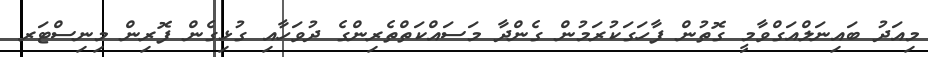
މިއަދު ބައިނަލްއަގްވާމީ ގޮތުން ފާހަގަކުރަމުން ގެންދާ މަަސައްކަތްތެރިންގެ ދުވަހާއި ގުޅިގެން ފޮރިން މިނިސްޓަރ